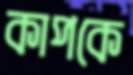
কাপকে